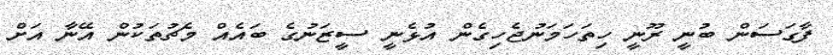
ފާގަސަން ބުނީ ރޫނީ ހިތަހަމަނުޖެހިގެން އުޅެނީ ސީޒަނުގެ ބައެއް މެޗުތަކުން އޭނާ އަށް